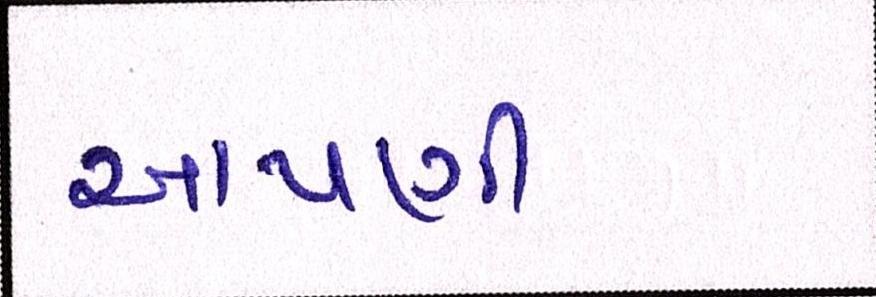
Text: આપણી